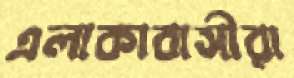
এলাকাবাসীরা